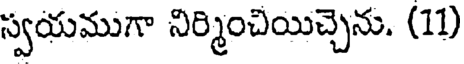
స్వయముగా నిర్మించియిచ్చెను. (11)